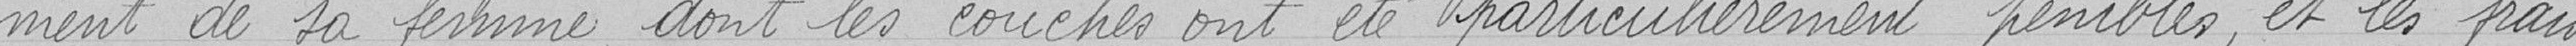
ment de sa femme, dont les couches ont été particulièrement pénible et les frais